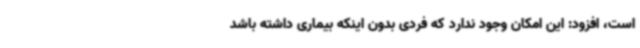
است، افزود: این امکان وجود ندارد که فردی بدون اینکه بیماری داشته باشد